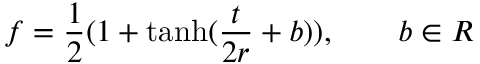
f = \frac 1 2 ( 1 + \operatorname { t a n h } ( \frac { t } { 2 r } + b ) ) , \qquad b \in \b { R }